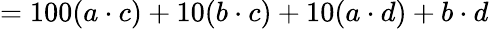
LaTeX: =100(a\cdot c)+10(b\cdot c)+10(a\cdot d)+b\cdot d